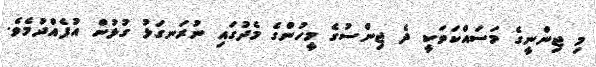
މި ޖިންނީގެ މަސައްކަތަކީ ދެ ޖިންސުގެ މީހުންގެ މެދުގައި ނުރަނގަޅު ގުޅުން އުފެއްދުމެވެ.